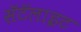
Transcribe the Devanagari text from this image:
सॅटॅलाइट